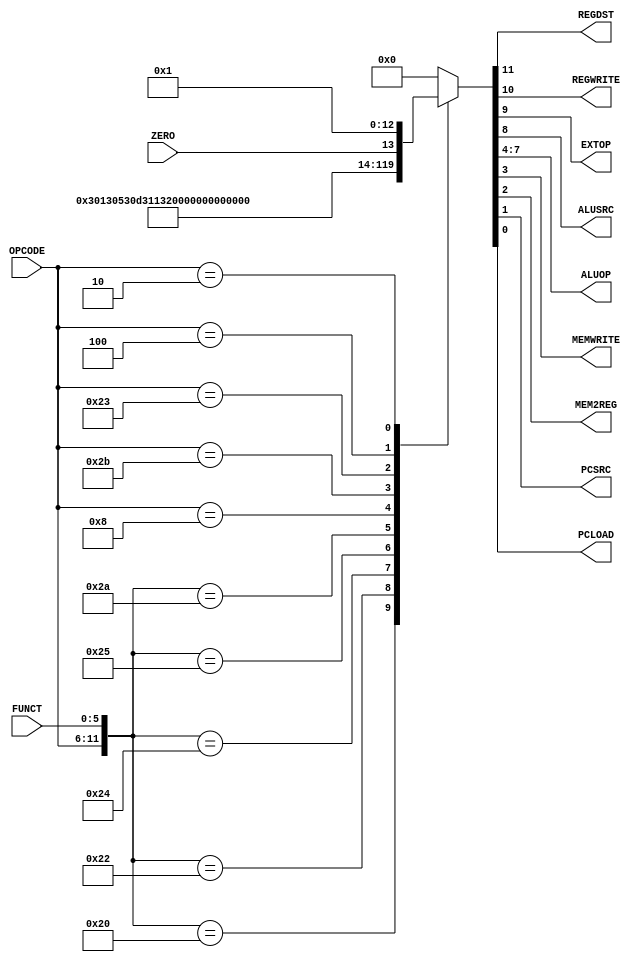
module control(
        input [5:0] OPCODE,
        input [5:0] FUNCT,
        input ZERO,
        output reg REGDST,
        output reg REGWRITE,
        output reg EXTOP,
        output reg ALUSRC,
        output reg [3:0] ALUOP,
        output reg MEMWRITE,
        output reg MEM2REG,
        output reg PCSRC,
        output reg PCLOAD
        );
        always@(OPCODE or FUNCT or ZERO)
            casex({OPCODE, FUNCT}) // add ZERO here for use with branch instructions later
            // ADD
            12'b000000_100000: 
                {REGDST, REGWRITE, EXTOP, ALUSRC, ALUOP, MEMWRITE, MEM2REG, PCSRC, PCLOAD} = 12'b1_1_0_0_0000_0_1_0_0;
            // SUB
            12'b000000_100010:
                {REGDST, REGWRITE, EXTOP, ALUSRC, ALUOP, MEMWRITE, MEM2REG, PCSRC, PCLOAD} = 12'b1_1_0_0_0001_0_1_0_0;  
            // AND
            12'b000000_100100: 
                {REGDST, REGWRITE, EXTOP, ALUSRC, ALUOP, MEMWRITE, MEM2REG, PCSRC, PCLOAD} = 12'b1_1_0_0_0011_0_1_0_0;
            // OR
            12'b000000_100101: 
                {REGDST, REGWRITE, EXTOP, ALUSRC, ALUOP, MEMWRITE, MEM2REG, PCSRC, PCLOAD} = 12'b1_1_0_0_0100_0_1_0_0;
            // SLT
            12'b000000_101010: 
                {REGDST, REGWRITE, EXTOP, ALUSRC, ALUOP, MEMWRITE, MEM2REG, PCSRC, PCLOAD} = 12'b1_1_0_0_0101_0_1_0_0;
            // ADDI - we take imm from instruction so we need extension.
            12'b001000_xxxxxx: 
                {REGDST, REGWRITE, EXTOP, ALUSRC, ALUOP, MEMWRITE, MEM2REG, PCSRC, PCLOAD} = 12'b0_1_1_1_0000_0_1_0_0;
            // SW instruction: SW $source register's address, offset($destination register's address).
            12'b101011_xxxxxx:
                {REGDST, REGWRITE, EXTOP, ALUSRC, ALUOP, MEMWRITE, MEM2REG, PCSRC, PCLOAD} = 12'b0_0_0_1_0000_1_0_0_0;
            // LW instruction: LW $destination register's address, offset($source register's address).
            12'b100011_xxxxxx:
                {REGDST, REGWRITE, EXTOP, ALUSRC, ALUOP, MEMWRITE, MEM2REG, PCSRC, PCLOAD} = 12'b0_1_0_1_0000_0_0_0_0;
            // BEQ instruction: BEQ $first source register's address, $second source register's address, branch value.
            12'b000100_xxxxxx:
                 {REGDST, REGWRITE, EXTOP, ALUSRC, ALUOP, MEMWRITE, MEM2REG, PCSRC, PCLOAD} = {10'b0_0_1_0_0110_0_1, ZERO, 1'b0};
            // J instruction: J address. (26 bits)
            12'b000010_xxxxxx:
                {REGDST, REGWRITE, EXTOP, ALUSRC, ALUOP, MEMWRITE, MEM2REG, PCSRC, PCLOAD} = 12'b0_0_0_0_0000_0_0_0_1;
            default:
                {REGDST, REGWRITE, EXTOP, ALUSRC, ALUOP, MEMWRITE, MEM2REG, PCSRC, PCLOAD} = 12'b0_0_0_0_0000_0_0_0_0;
            endcase
endmodule